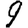
Digit: 9